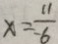
x = \frac { 1 1 } { - 6 }